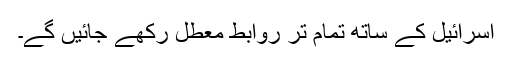
اسرائیل کے ساتھ تمام تر روابط معطل رکھے جائیں گے۔